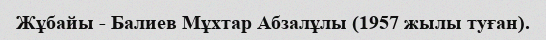
Жұбайы - Балиев Мұхтар Абзалұлы (1957 жылы туған).